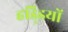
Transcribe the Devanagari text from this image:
हडि्‍डयों